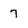
Character: 7